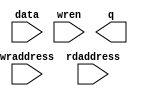
//	Copyright (C) 1988-2002 Altera Corporation

//	Any megafunction design, and related net list (encrypted or decrypted),
//	support information, device programming or simulation file, and any other
//	associated documentation or information provided by Altera or a partner
//	under Altera's Megafunction Partnership Program may be used only to
//	program PLD devices (but not masked PLD devices) from Altera.  Any other
//	use of such megafunction design, net list, support information, device
//	programming or simulation file, or any other related documentation or
//	information is prohibited for any other purpose, including, but not
//	limited to modification, reverse engineering, de-compiling, or use with
//	any other silicon devices, unless such use is explicitly licensed under
//	a separate agreement with Altera or a megafunction partner.  Title to
//	the intellectual property, including patents, copyrights, trademarks,
//	trade secrets, or maskworks, embodied in any such megafunction design,
//	net list, support information, device programming or simulation file, or
//	any other related documentation or information provided by Altera or a
//	megafunction partner, remains with Altera, the megafunction partner, or
//	their respective licensors.  No other licenses, including any licenses
//	needed under any third party's intellectual property, are provided herein.

module Basic_RAM (
	data,
	wraddress,
	rdaddress,
	wren,
	q);

	input	[15:0]  data;
	input	[11:0]  wraddress;
	input	[11:0]  rdaddress;
	input	  wren;
	output	[15:0]  q;

endmodule